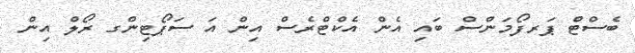
ބެސްޓް ޕަރފޯމަންސް ބައި އެން އެކްޓްރެސް އިން އަ ސަޕޯޓިންގ ރޯލް އިން